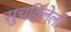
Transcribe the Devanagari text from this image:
सुचविलेली